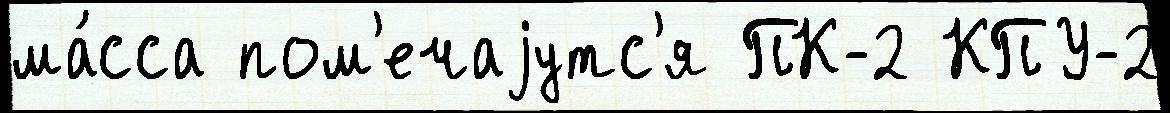
ма́сса пом'ечаjутс'я ПК-2 КПУ-2